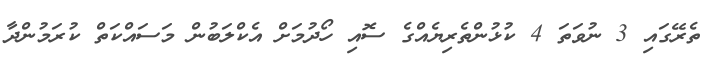
ތެރޭގައި 3 ނުވަތަ 4 ކުޅުންތެރިޔެއްގެ ސޮއި ހޯދުމަށް އެކްލަބުން މަސައްކަތް ކުރަމުންދާ